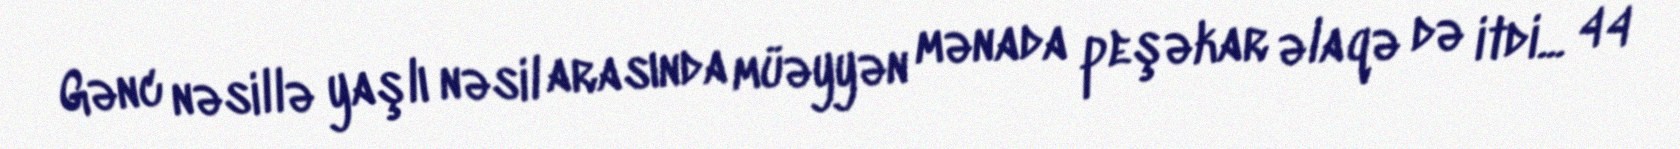
Gənc nəsillə yaşlı nəsil arasında müəyyən mənada peşəkar əlaqə də itdi... 44